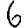
Digit: 6